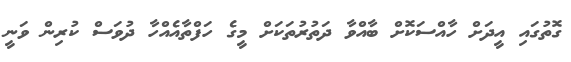
ގޮތުގައި އީދަށް ހާއްސަކޮށް ބާއްވާ ދަތުރުތަކަށް މީގެ ހަފްތާއެއްހާ ދުވަސް ކުރިން ވަނީ